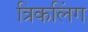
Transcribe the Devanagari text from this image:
त्रिकलिंग